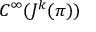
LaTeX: C ^ { \infty } ( J ^ { k } ( \pi ) )